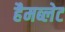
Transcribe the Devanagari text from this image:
हैमब्लेट